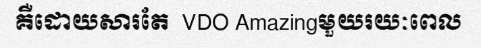
គឺដោយសារតែ  VDO Amazingមួយរយៈពេល